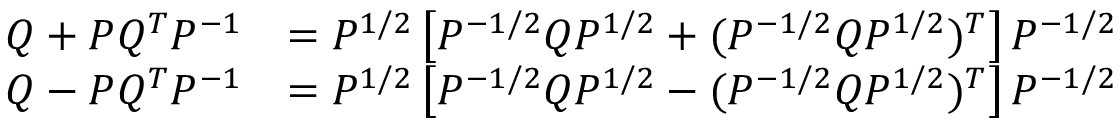
\begin{array} { r l } { Q + P Q ^ { T } P ^ { - 1 } } & { = P ^ { 1 / 2 } \left[ P ^ { - 1 / 2 } Q P ^ { 1 / 2 } + ( P ^ { - 1 / 2 } Q P ^ { 1 / 2 } ) ^ { T } \right] P ^ { - 1 / 2 } } \\ { Q - P Q ^ { T } P ^ { - 1 } } & { = P ^ { 1 / 2 } \left[ P ^ { - 1 / 2 } Q P ^ { 1 / 2 } - ( P ^ { - 1 / 2 } Q P ^ { 1 / 2 } ) ^ { T } \right] P ^ { - 1 / 2 } } \end{array}